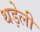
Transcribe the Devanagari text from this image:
थड़ेली